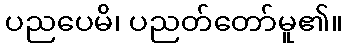
ပညပေမိ၊ ပညတ်တော်မူ၏။